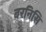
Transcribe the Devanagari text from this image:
बरनिसि